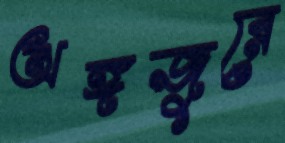
অঙ্গজুরে